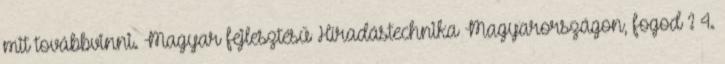
mit továbbvinni. Magyar fejlesztésű Híradástechnika Magyarországon, fogod ? 4.